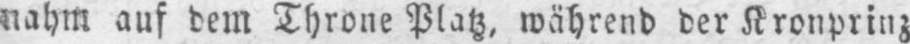
nahm auf dem Throne Platz, während der Kronprinz